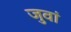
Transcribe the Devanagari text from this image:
जुवां